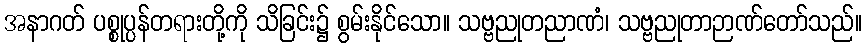
အနာဂတ် ပစ္စုပ္ပန်တရားတို့ကို သိခြင်း၌ စွမ်းနိုင်သော။ သဗ္ဗညုတညာဏံ၊ သဗ္ဗညုတာဉာဏ်တော်သည်။